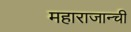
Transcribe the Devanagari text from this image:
महाराजान्ची